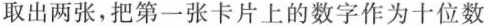
取出两张，把第一张卡片上的数字作为十位数